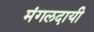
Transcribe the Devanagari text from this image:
मंगलदायी